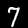
Digit: 7